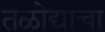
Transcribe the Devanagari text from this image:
तळोद्याचा